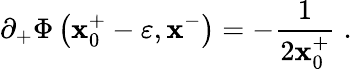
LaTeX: \partial_{+}\Phi\left(\mathbf{x}_{0}^{+}-\varepsilon,\mathbf{x}^{-}\right)=-{\frac{{1}}{{2\mathbf{x}_{0}^{+}}}}\; .